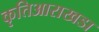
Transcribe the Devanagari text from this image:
कृतिआराखडा